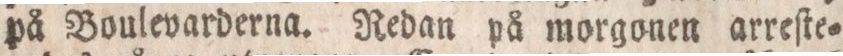
på Boulevarderna. Redan på morgonen arreſte=